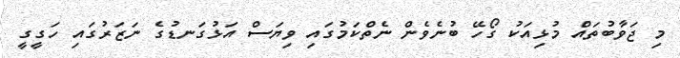
މި ޖަވާބުތައް މުޅިއަކު ގޯހޭ ބުނެވެން ނެތްކަމުގައި ވިޔަސް އަޅުގަނޑުގެ ނަޒަރުގައި ހަގީގީ